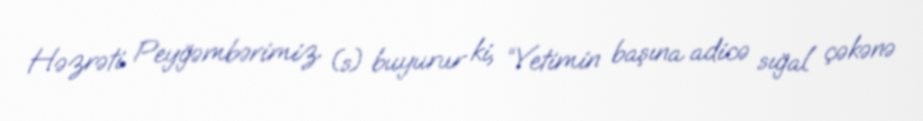
Həzrəti Peyğəmbərimiz (s) buyurur ki, “Yetimin başına adicə sığal çəkənə